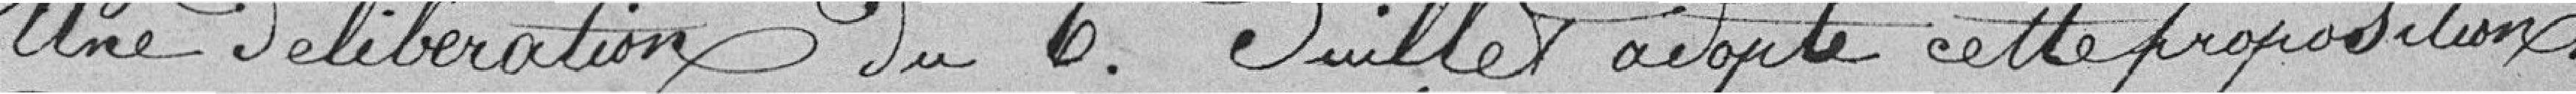
Une délibération du 6 juillet adopte cette proposition